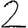
Digit: 2